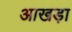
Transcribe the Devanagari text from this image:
आखड़ा